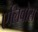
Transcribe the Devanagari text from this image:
एलिवोस